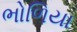
ભોળિયા